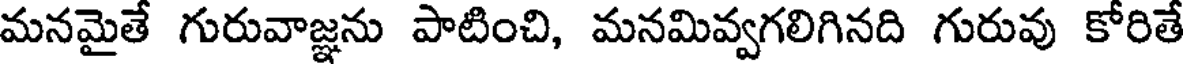
మనమైతే గురువాజ్ఞను పాటించి, మనమివ్వగలిగినది గురువు కోరితే